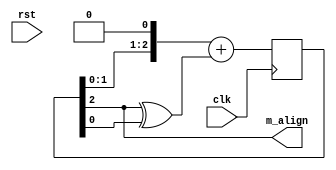
module m_alignment (
  input clk,
  input rst,
  output wire m_align
  );

  reg [2:0] tmp = 3'b101;
  reg add;
  assign m_align = (tmp[2]);
  always @ ( posedge clk ) begin
    add = tmp[2] ^ tmp[0];
    tmp = tmp << 1;
    tmp = tmp + add;
  end


endmodule // m_alignment